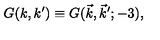
G ( k , k ^ { \prime } ) \equiv G ( \vec { k } , \vec { k } ^ { \prime } ; - 3 ) ,